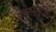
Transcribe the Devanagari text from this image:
फ़रमाएॅगे